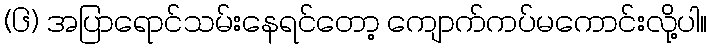
(၆) အပြာရောင်သမ်းနေရင်တော့ ကျောက်ကပ်မကောင်းလို့ပါ။